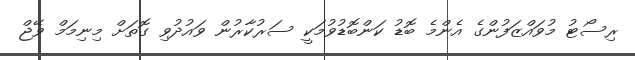
ރިސޯޓު މުވައްޒަފުންގެ އެންމެ ބޮޑު ކަންބޮޑުވުމަކީ ސަރުކާރުން ވައުދުވި ގޮތަށް މިނިމަމް ވޭޖް